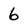
Character: 6